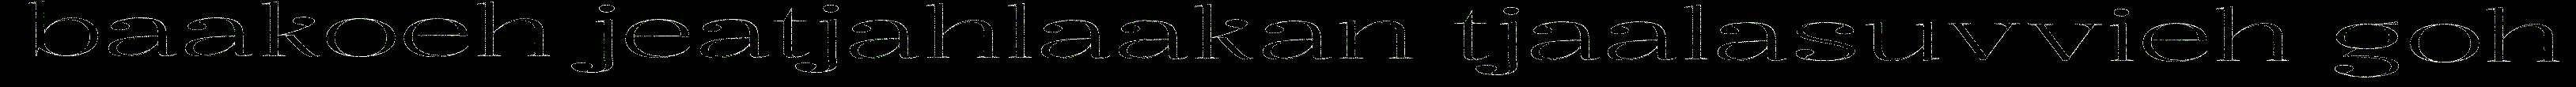
baakoeh jeatjahlaakan tjaalasuvvieh goh